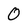
Character: 0